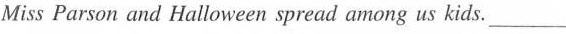
Miss Parson and Halloween spread among us kids. ____